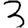
Digit: 3